Indian journal of veterinary science and animal husbandry - Volumes 15-17, 1948-1951
Year: 1948
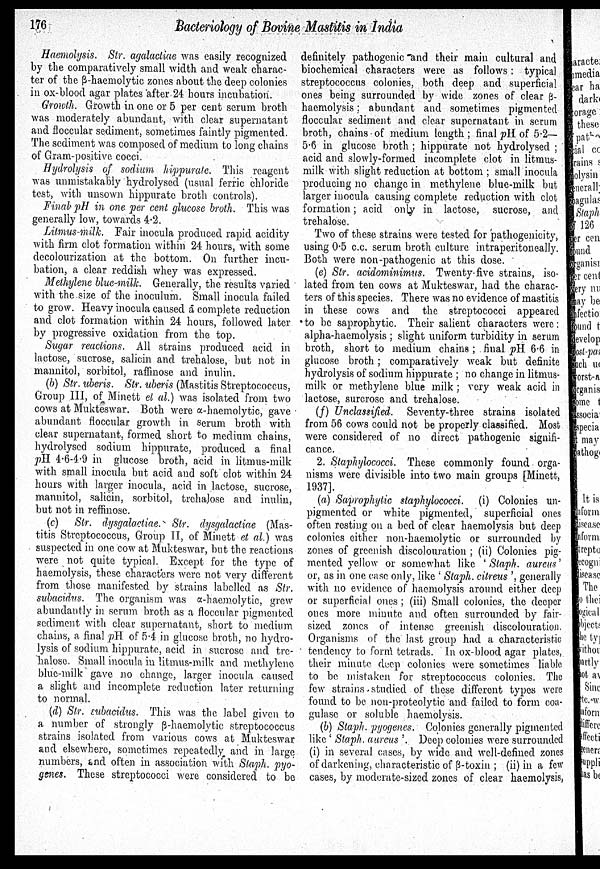
176
Bacteriology of Bovine Mastitis in India
Haemolysis. Str. agalactiae was easily recognized,
by the comparatively small width, and weak charac-
ter of the ß-haemolytic zones about the deep colonies
in ox-blood agar plates after 24 hours incubation.
Growth. Growth in one or 5 per cent serum broth
was moderately abundant, with clear supernatant
and floccular sediment, sometimes faintly pigmented.
The sediment was composed of medium to long chains
of Gram-positive cocci.
Hydrolysis of sodium hippurate. This reagent
was unmistakably hydrolysed (usual ferric chloride
test, with unsown hippurate broth controls).
Final pH in one per cent glucose broth. This was
generally low, towards 4.2.
Litmus-milk. Fair inocula produced rapid acidity
with firm clot formation within 24 hours, with some
decolourization at the bottom. On further incu-
bation, a clear reddish whey was expressed.
Methylene blue-milk. Generally, the results varied
with the size of the inoculum. Small inocula failed
to grow. Heavy inocula caused a complete reduction
and clot formation within 24 hours, followed later
by progressive oxidation from the top.
Sugar reactions. All strains produced acid in
lactose, sucrose, salicin and trehalose, but not in
mannitol, sorbitol, raffinose and inulin.
(b) Str. uberis. Str. uberis (Mastitis Streptococcus,
Group III, of Minett et al.) was isolated from two
cows at Mukteswar. Both were α-haemolytic, gave
abundant floccular growth in serum broth with
clear supernatant, formed short to medium chains,
hydrolysed sodium hippurate, produced a final
pH 4.6-4.9 in glucose broth, acid in litmus-milk
with small inocula but acid and soft clot within 24
hours with larger inocula, acid in lactose, sucrose,
mannitol, salicin, sorbitol, trehalose and inulin,
but not in reffinose.
(c) Str. dysgalactiae. Str. dysgalactiae (Mas
titis Streptococcus, Group II, of Minett et al.) was
suspected in one cow at Mukteswar, but the reactions
were not quite typical. Except for the type of
haemolysis, these characters were not very different
from those manifested by strains labelled as Str.
subacidus. The organism was α-haemolytic, grew
abundantly in serum broth as a floccular pigmented
sediment with clear supernatant, short to medium
chains, a final pH of 5.4 in glucose broth, no hydro
lysis of sodium hippurate, acid in sucrose and tre-
halose. Small inocula in litmus-milk and methylene
blue-milk gave no change, larger inocula caused
a slight and incomplete reduction later returning
to normal.
(d) Str. subacidus. This was the label given to
a number of strongly ß-haemolytic streptococcus
strains isolated from various cows at Mukteswar
and elsewhere, sometimes repeatedly and in large
numbers, and often in association with Staph. pyo-
genes. These streptococci were considered to be
definitely pathogenic and their main cultural and
biochemical characters were as follows: typical
streptococcus colonies, both deep and superficial
ones being surrounded by wide zones of clear ß-
haemolysis; abundant and sometimes pigmented
floccular sediment and clear supernatant in serum
broth, chains of medium length; final pH of 5.2—
5.6 in glucose broth ; hippurate not hydrolysed ;
acid and slowly-formed incomplete clot in litmus-
milk with slight reduction at bottom ; small inocula
producing no change in methylene blue-milk but
larger inocula causing complete reduction with clot
formation; acid only in lactose, sucrose, and
trehalose.
Two of these strains were tested for pathogenicity,
using 0.5 c.c. serum broth culture intraperitoneally.
Both were non-pathogenic at this dose.
(e) Str. acidominimus. Twenty-five strains, iso-
lated from ten cows at Mukteswar, had the charac-
ters of this species. There was no evidence of mastitis
in these cows and the streptococci appeared
to be saprophytic. Their salient characters were:
alpha-haemolysis ; slight uniform turbidity in serum
broth, short to medium chains ; final pH. 6.6 in
glucose broth ; comparatively weak but definite
hydrolysis of sodium hippurate ; no change in litmus-
milk or methylene blue milk ; very weak acid in
lactose, surcrose and trehalose,
(f) Unclassified. Seventy-three strains isolated
from 56 cows could not be properly classified. Most
were considered of no direct pathogenic signifi-
cance.
2. Staphylococci, These commonly found orga-
nisms were divisible into two main groups [Minett,
1937].
(a) Saprophytic staphylococci. (i) Colonies un-
pigmented or white pigmented, superficial ones
often resting on a bed of clear haemolysis but deep
colonies either non-haemolytic or surrounded by
zones of greenish discolouration ; (ii) Colonies pig-
mented yellow or somewhat like 'Staph. aureus'
or, as in one case only, like ' Staph. citreus ', generally
with no evidence of haemolysis around either deep
or superficial ones ; (iii) Small colonies, the deeper
ones more minute and often surrounded by fair-
sized zones of intense greenish discolouration.
Organisms of the last group had a characteristic
tendency to form tetrads. In ox-blood agar plates,
their minute deep colonies were sometimes liable
to be mistaken for streptococcus colonies. The
few strains studied of these different types were
found to be non-proteolytic and failed to form coa-
gulase or soluble haemolysis.
(b) Staph. pyogenes. Colonies generally pigmented
like ' Staph. aureus '. Deep colonies were surrounded
(i) in several cases, by wide and well-defined zones
of darkening, characteristic of ß-toxin ; (ii) in a few
cases, by moderate-sized zones of clear haemolysis,